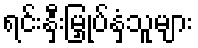
ရင်းနှီးမြှုပ်နှံသူများ